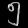
Digit: ၅